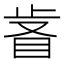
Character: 𣥸